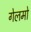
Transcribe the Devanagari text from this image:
गेलमो